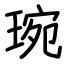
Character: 琬